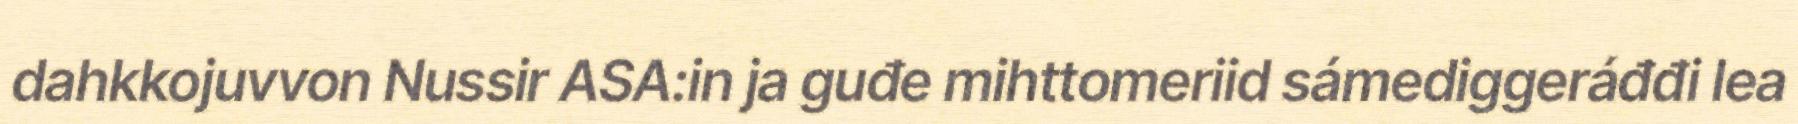
dahkkojuvvon Nussir ASA:in ja guđe mihttomeriid sámediggeráđđi lea